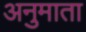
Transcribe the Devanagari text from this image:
अनुमाता